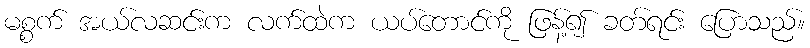
မစ္စက် အယ်လဆင်းက လက်ထဲက ယပ်တောင်ကို ဖြန့်၍ ခတ်ရင်း ပြောသည်။